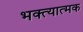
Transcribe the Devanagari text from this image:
भक्त्यात्मक